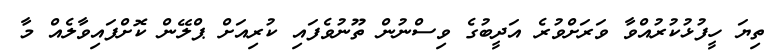
ތިޔަ ހީފުޅުކުރުއްވާ ވަރަށްވުރެ އަދީބުގެ ވިސްނުން ތޫނުވެފައި ކުރިއަށް ޕްލޭން ކޮށްފައިވާލެއް މާ